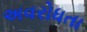
અવરોધતા